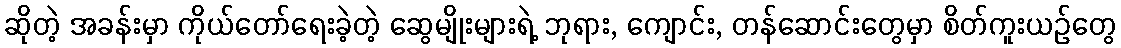
ဆိုတဲ့ အခန်းမှာ ကိုယ်တော်ရေးခဲ့တဲ့ ဆွေမျိုးများရဲ့ ဘုရား, ကျောင်း, တန်ဆောင်းတွေမှာ စိတ်ကူးယဉ်တွေ